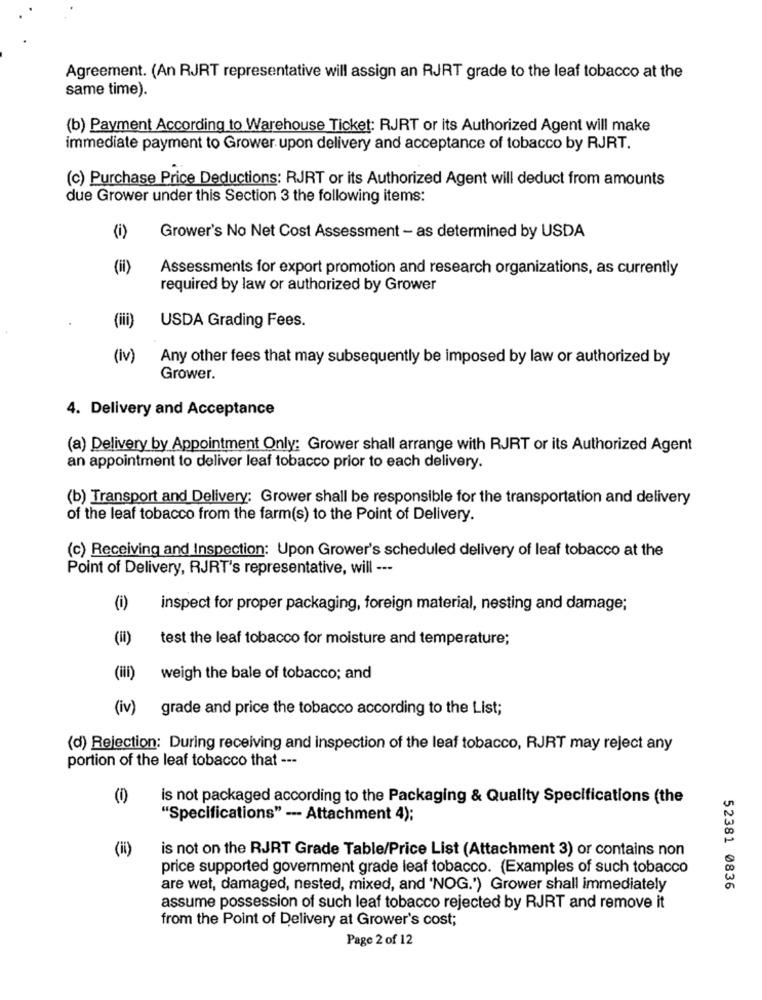
Agreement. (An RJRT representative will assign an RJRT grade to the leaf tobacco at the
same time).
(b) Payment According to Warehouse Ticket: RJRT or its Authorized Agent will make
immediate payment to Grower upon delivery and acceptance of tobacco by RJRT.
(c) Purchase Price Deductions: RJRT or its Authorized Agent will deduct from amounts
due Grower under this Section 3 the following items:
(i)
Grower's No Net Cost Assessment - as determined by USDA
(ii)
Assessments for export promotion and research organizations, as currently
required by law or authorized by Grower
USDA Grading Fees.
(iii)
(iv)
Any other fees that may subsequently be imposed by law or authorized by
Grower.
4. Delivery and Acceptance
(a) Delivery by Appointment Only: Grower shall arrange with RJRT or its Authorized Agent
an appointment to deliver leaf tobacco prior to each delivery.
(b) Transport and Delivery: Grower shall be responsible for the transportation and delivery
of the leaf tobacco from the farm(s) to the Point of Delivery.
(c) Receiving and Inspection: Upon Grower's scheduled delivery of leaf tobacco at the
Point of Delivery, RJRT's representative, will ---
(i)
inspect for proper packaging, foreign material, nesting and damage;
test the leaf tobacco for moisture and temperature;
(iii)
weigh the bale of tobacco; and
(iv)
grade and price the tobacco according to the List;
(d) Rejection: During receiving and inspection of the leaf tobacco, RJRT may reject any
portion of the leaf tobacco that ---
(0)
is not packaged according to the Packaging & Quality Specifications (the
"Specifications" --- Attachment 4);
(ii)
is not on the RJRT Grade Table/Price List (Attachment 3) or contains non
price supported government grade leaf tobacco. (Examples of such tobacco
are wet, damaged, nested, mixed, and 'NOG.') Grower shall immediately
52381 0836
assume possession of such leaf tobacco rejected by RJRT and remove it
from the Point of Delivery at Grower's cost;
Page 2 of 12